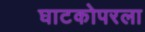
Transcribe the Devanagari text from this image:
घाटकोपरला